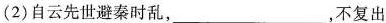
(2)自云先世避秦时乱，___，不复出